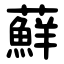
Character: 蘚